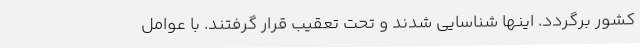
کشور برگردد. اینها شناسایی شدند و تحت تعقیب قرار گرفتند. با عوامل